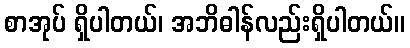
စာအုပ် ရှိပါတယ်၊ အဘိဓါန်လည်းရှိပါတယ်။